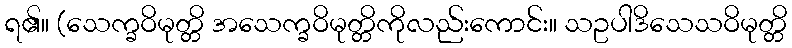
ရ၏။ (သေက္ခဝိမုတ္တိ အသေက္ခဝိမုတ္တိကိုလည်းကောင်း။ သဥပါဒိသေသဝိမုတ္တိ